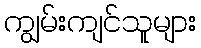
ကျွမ်းကျင်သူများ